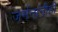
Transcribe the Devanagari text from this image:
जर्मनांनीही